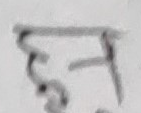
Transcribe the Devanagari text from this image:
ङ